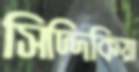
সিদ্দিকিয়া